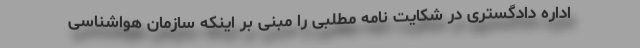
اداره دادگستری در شکایت نامه مطلبی را مبنی بر اینکه سازمان هواشناسی